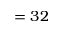
= 3 2